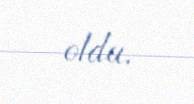
oldu.